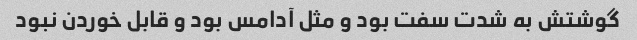
گوشتش به شدت سفت بود و مثل آدامس بود و قابل خوردن نبود